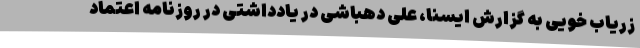
زریاب خویی به گزارش ایسنا، علی دهباشی در یادداشتی در روزنامه اعتماد